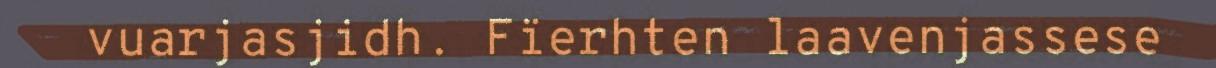
vuarjasjidh. Fïerhten laavenjassese